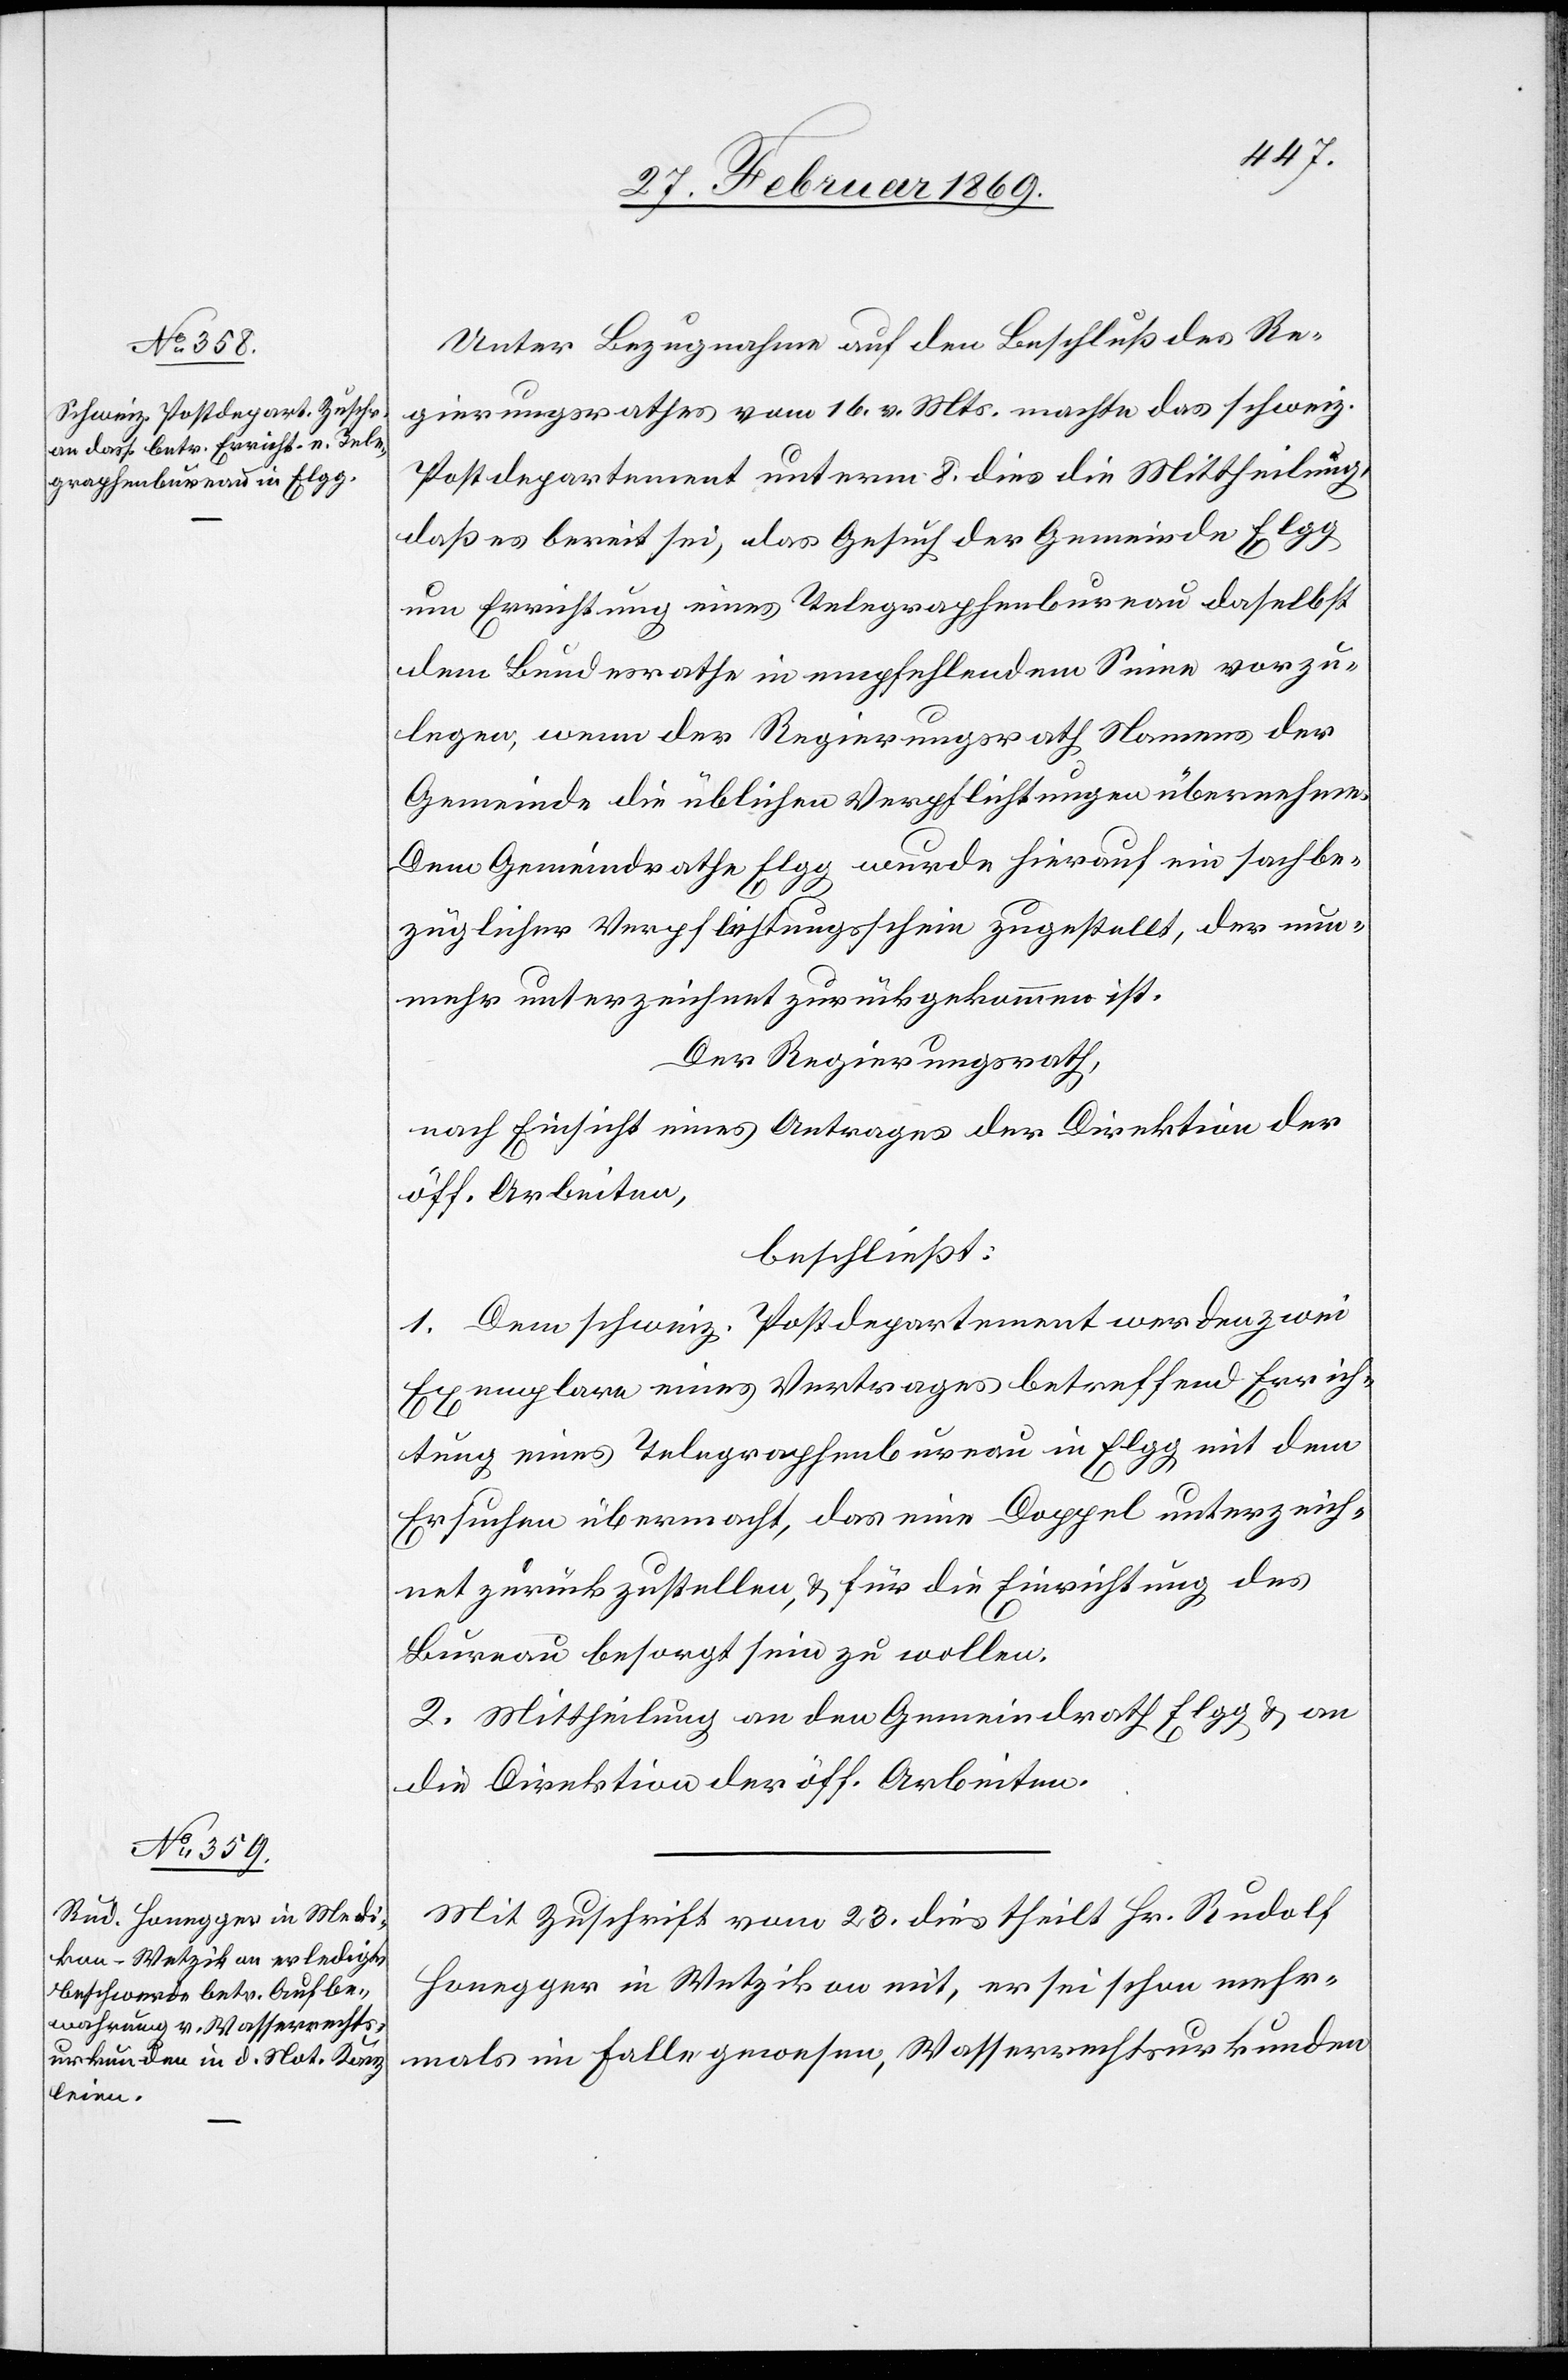
Unter Bezugnahme auf den Beschluß des Re¬
gierungsrathes vom 16. v. Mts. machte das schweiz.
Postdepartement unterm 8. dies die Mittheilung,
daß es bereit sei, das Gesuch der Gemeinde Elgg
um Errichtung eines Telegraphenbureau daselbst
dem Bundesrathe in empfehlendem Sinne vorzu¬
legen, wenn der Regierungsrath Namens der
Gemeinde die üblichen Verpflichtungen übernehme.
Dem Gemeindrathe Elgg wurde hierauf ein sachbe¬
züglicher Verpflichtungsschein zugestellt, der nun¬
mehr unterzeichnet zurückgekommen ist.
Der Regierungsrath,
nach Einsicht eines Antrages der Direktion der
öff. Arbeiten,
beschließt:
1. Dem schweiz. Postdepartement werden zwei
Exemplare eines Vertrages betreffend Errich¬
tung eines Telegraphenbureau in Elgg mit dem
Ersuchen übermacht, das eine Doppel unterzeich¬
net zurückzustellen, & für die Einrichtung des
Bureau besorgt sein zu wollen.
2. Mittheilung an den Gemeindrath Elgg & an
die Direktion der öff. Arbeiten.
Mit Zuschrift vom 23. dies theilt Hr. Rudolf
Honegger in Wetzikon mit, er sei schon mehr¬
mals im Falle gewesen, Wasserrechtsurkunden